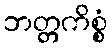
ဘတ္တကိစ္စံ